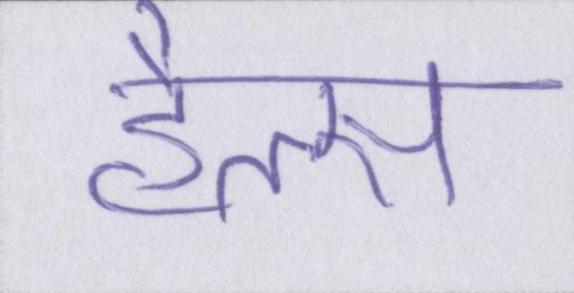
हैल्स